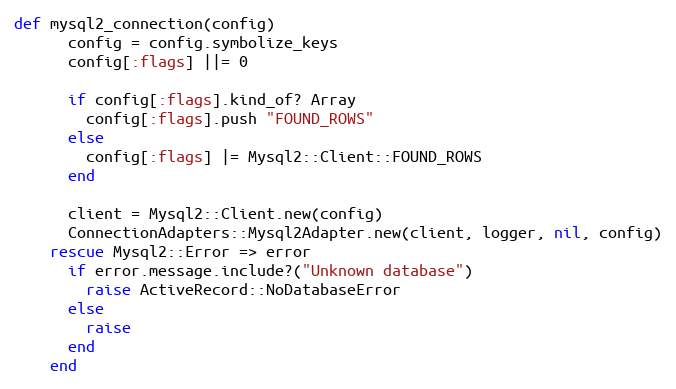
Language: Ruby
def mysql2_connection(config)
      config = config.symbolize_keys
      config[:flags] ||= 0

      if config[:flags].kind_of? Array
        config[:flags].push "FOUND_ROWS"
      else
        config[:flags] |= Mysql2::Client::FOUND_ROWS
      end

      client = Mysql2::Client.new(config)
      ConnectionAdapters::Mysql2Adapter.new(client, logger, nil, config)
    rescue Mysql2::Error => error
      if error.message.include?("Unknown database")
        raise ActiveRecord::NoDatabaseError
      else
        raise
      end
    end